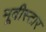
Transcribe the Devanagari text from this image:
मूवीस्टार